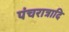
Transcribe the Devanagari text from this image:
पंचरात्रादि